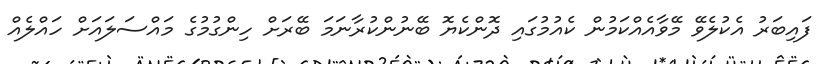
ފައިބަރު އެކުލެވޭ މޭވާއެއްކަމުން ކެއުމުގައި ދޮންކެޔޮ ބޭނުންކުރާނަމަ ބޭރަށް ހިންގުމުގެ މައްސަލައަށް ހައްލެއް